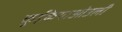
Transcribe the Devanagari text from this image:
कुईकेयाओउली